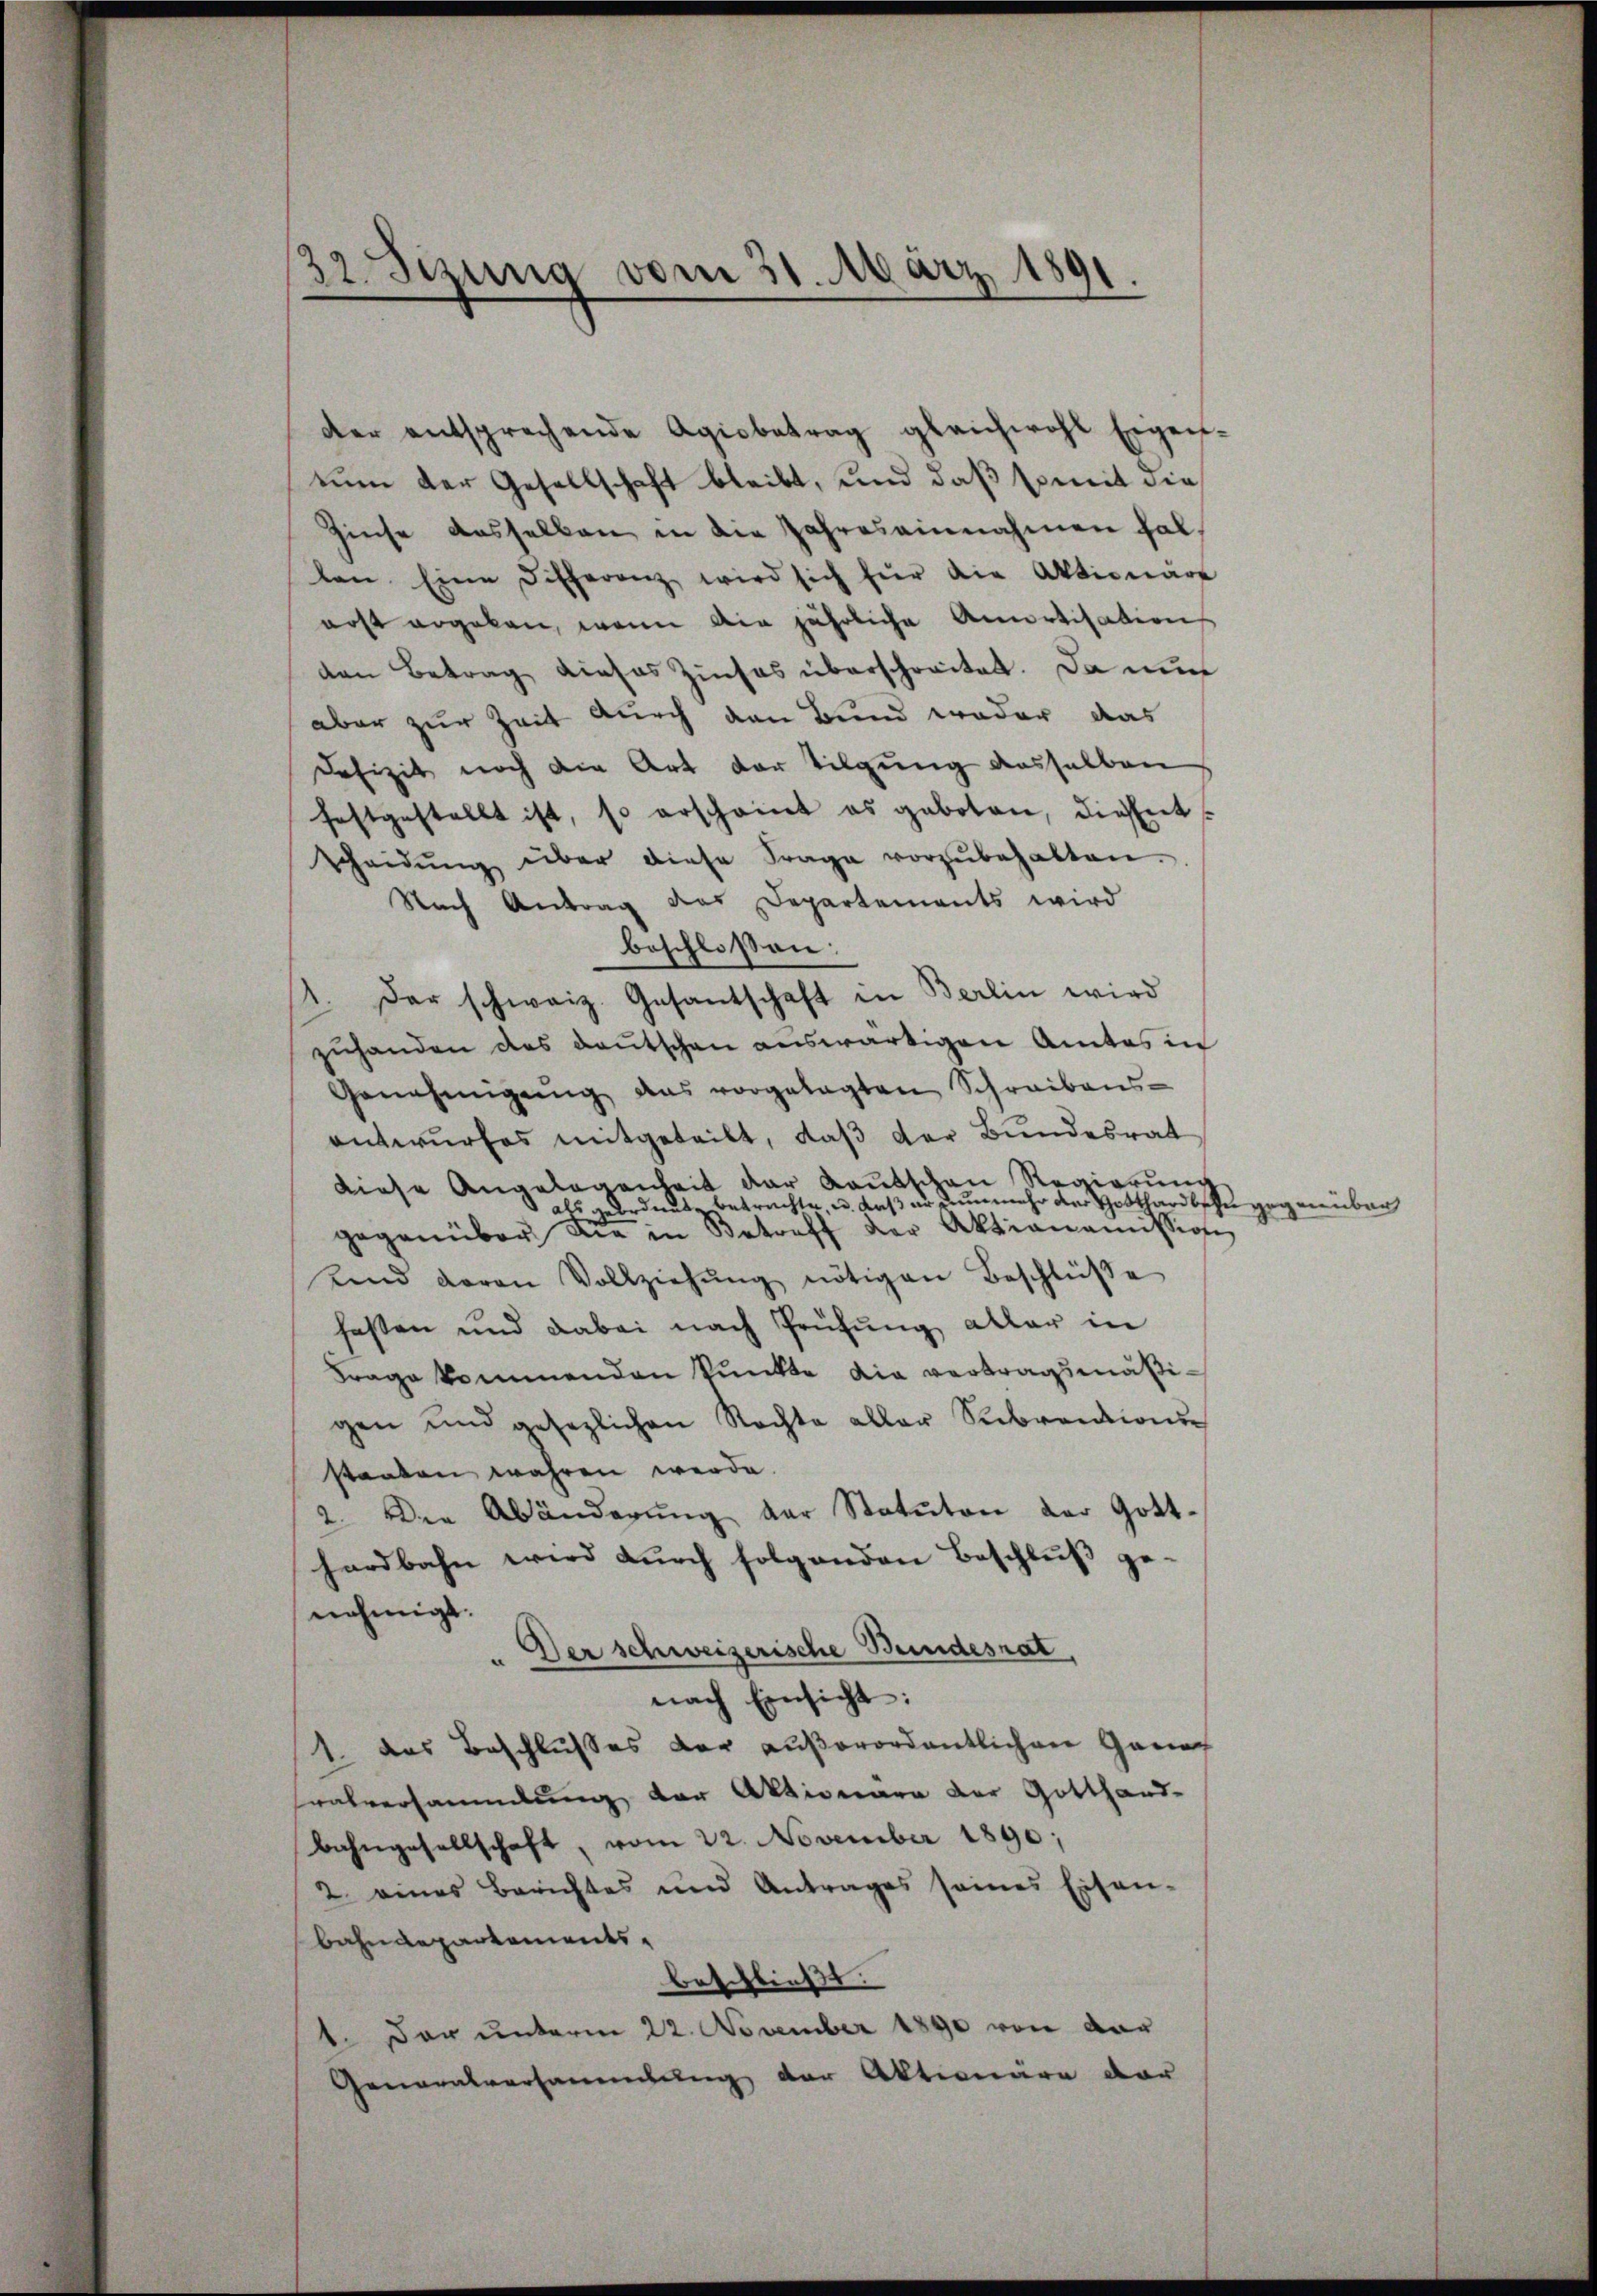
32 Sezung vom 31. März 1891.

der entsprechende Agiobetrag gleichwohl Eigen-
eine der Gesellschaft bleibt, und daß soweit die
Zinse dasselben in die Jahres einnahmen fallen. Eine differenz wird sich für die Aktionär
erst ergeben, wenn die jährliche Amortisation
den Betrag dieses Zinses überschreitet. Da nun
aber zur Zeit durch den Bund weder das
Defizit noch die Art der Tilgung dasselben
festgestellt ist, so erscheint es geboten, diesent
scheidŭng über diese Frage vorzŭbehalten.
Nach Antrag das Departements wird
beschloßen:
1. Der schweiz. Gesantschaft in Berlin wird
zuhanden des Deutschen auswärtigen Amtes in
Genehmigŭng das vorgelegten Schreibens-
antwurfes mitgeteilt, daß der Bundesrat
diese Angelegenheit der Kautschen Regierung
als geordnet betrachte, u. daß er nunmehr der Gotthardbshugegenüber
gegenüber die in Betreff der Aktionamission
unnd daran Vollziehŭng nötigen Beschlüβe
fasten und dabei nach Prüfung aller in
Frage kommenden Punkte die vortragsmäßigen und gesezlichen Rechte aller Subventions
staaten währen werde.
2. Der Abänderung der Statuten der Gotthardbahn wird durch folgenden Beschluß ge-
nehmigt.
Der schweizerische Bundesrat,
nach Einsicht:
1 das Beschlusses der außerordentlichen Ganac
ralversammlung der Aktionare der Gotthard-
Bahngesellschaft, vom 22. November 1890;
2 eines Berichtes und Antrages seines Eisen-
bahndepartements
beschließt:
1. Der unterm 22. November 1890 von dar
Generalversammlung der Aktionäre der